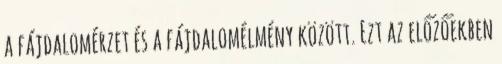
a fájdalomérzet és a fájdalomélmény között. Ezt az előzőekben